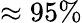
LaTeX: \approx 95\%